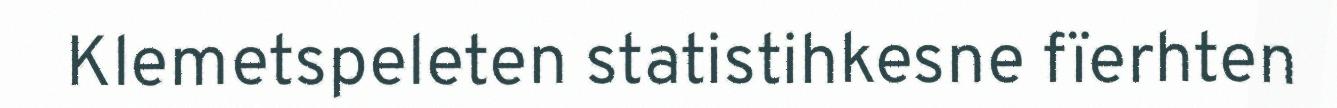
Klemetspeleten statistihkesne fïerhten